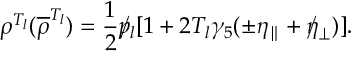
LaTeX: \rho ^ { T _ { l } } ( { \overline { { \rho } } } ^ { T _ { l } } ) = { \frac { 1 } { 2 } } \rlap / p _ { l } [ 1 + 2 T _ { l } \gamma _ { 5 } ( \pm \eta _ { \parallel } + \rlap / \eta _ { \perp } ) ] .